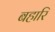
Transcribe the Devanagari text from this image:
बहारि